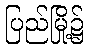
ပြည်မြို့၌